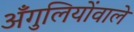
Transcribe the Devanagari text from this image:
अँगुलियोंवाले